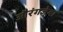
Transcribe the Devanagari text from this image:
औरंगजेबा